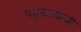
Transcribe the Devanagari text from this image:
पशुखाद्याची